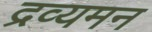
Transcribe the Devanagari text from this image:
द्रव्यमन